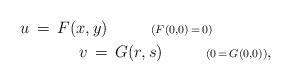
LaTeX: \begin{align*}u\,=\,F(x,y)\ \ \ \ \ \ \ \ {\scriptstyle{(F(0,0)\,=\,0)}}\ \ \ \ \ \ \ \ \ \ \ \\ \ \ \ \ \ \ \ \ \ \ \ v\,=\,G(r,s)\ \ \ \ \ \ \ \ {\scriptstyle{(0\,=\,G(0,0))}},\end{align*}